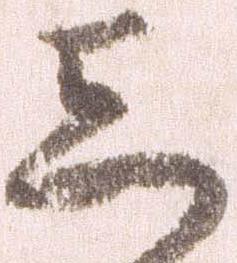
し